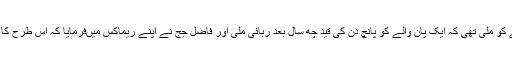
کچھ عرصہ قبل ایک بریکنگ نیوز دیکھنے کو ملی تھی کہ ایک پان والے کو پانچ دن کی قید چھ سال بعد رہائی ملی اور فاضل جج نے اپنے ریماکس میںفرمایا کہ اس طرح کا انصاف تو پتھر کے دور میں بھی نہیں تھا۔